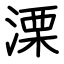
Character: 溧